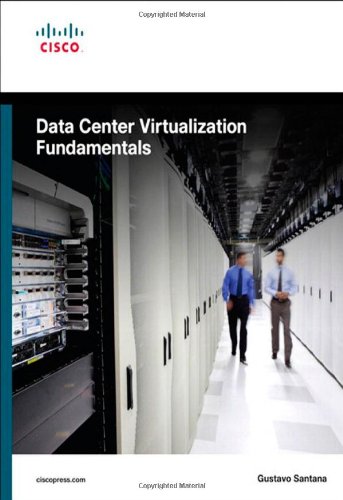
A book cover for Data Center Virtualization Fundamentals: Understanding Techniques and Designs for Highly Efficient Data Centers with Cisco Nexus, UCS, MDS, and Beyond; Gustavo A. A. Santana; Computers & Technology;